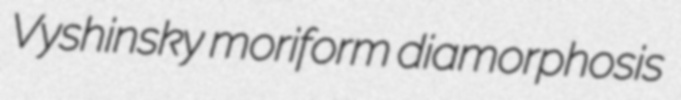
Vyshinsky moriform diamorphosis